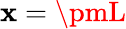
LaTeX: \mathbf{x}=\pmL